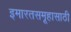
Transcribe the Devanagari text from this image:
इमारतसमूहासाठी